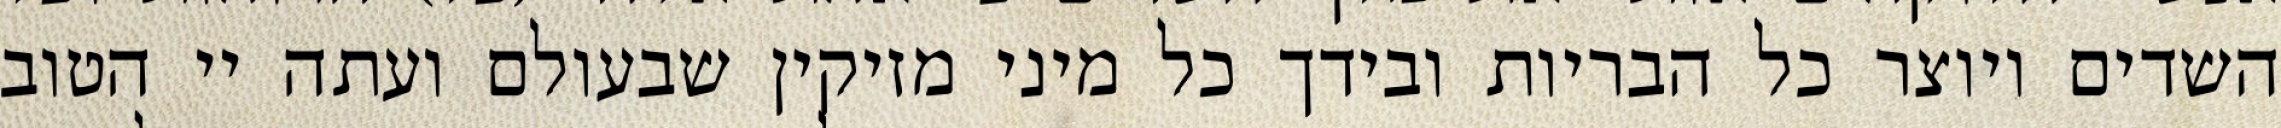
השדים ויוצר כל הבריות ובידך כל מיני מזיקין שבעולם ועתה יי הטוב